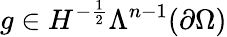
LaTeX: g\in H^{-\frac{1}{2}}\Lambda^{n-1}(\partial\Omega)